Leaving Certificate Examination, 1921
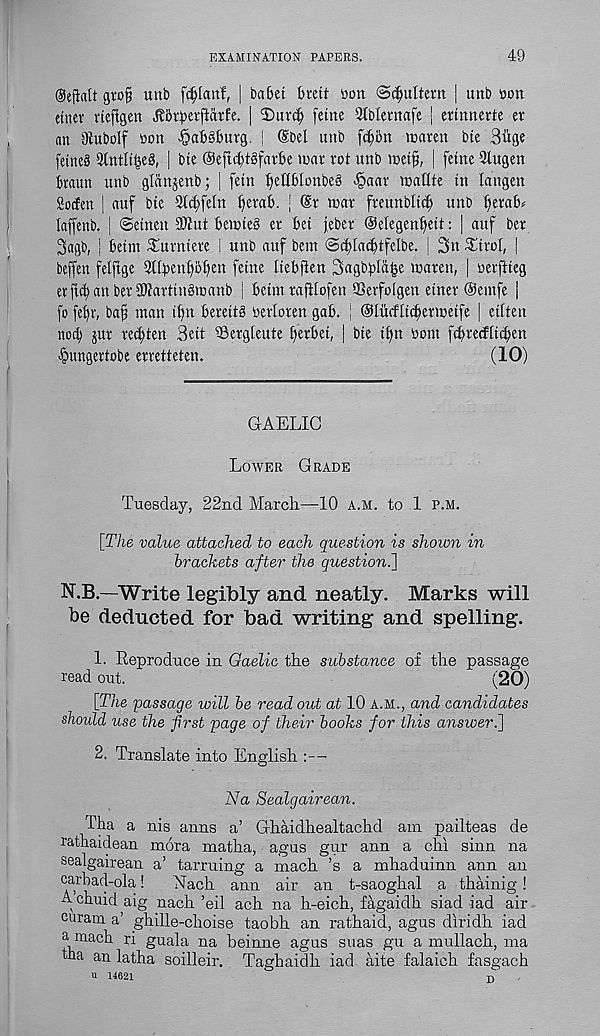
EXAMINATION PAPERS.
49
gtofj unb
| babet brett »on @i|ulterit | unb »on
enter rteftgen Jborperftarfe. | 2)urc^ feine 2tblernafe j erttmerte er
an SRubolf son -§ab§burg. | @bel unb ft^bn rcamt bte 3iige
fetneS 5tntli^eg, | bte @efni)t§farbe tnar rot unb it>et§, | fetne 3lugen
brawn unb glcinjenb; | fetn ^eHbtonbeb Jpaar waUte tn langen
Socfen S auf bte Qbt^feln f)erab. |
mar freunbltt^ unb ^erab^
laffenb. | ©etnetf SlJtut bemteS er bet jeber Oelegen^iett: | auf ber
3agb, | betm ^Eurntere ! unb auf bent <Sdf[acbtfeIbe. [ 3n ^trcl, |
beffen felftge 3ttbenf)ot)en fetne Iteb(ten 3agbbl(ibe maren, | oerftteg
er ftd) an ber SSJtarttnbmanb | betm rafHofen QSerfolgen etner ©entfe |
fo febr, baft man tbn berettb oertoren gab. | ©litcfltcbermetfe | etlten
nocb jur re^ten 3ett ©ergteute fyerbet, | bte t^n bom f<bre<flt$en
Jpungertobe erretteten.
(10)
GAELIC
Lower Grade
Tuesday, 22nd March—10 a.m. to 1 p.m.
[The value attached to each question is shown in
brackets after the question.]
N.B—Write legibly and neatly. Marks will
be deducted for bad writing and spelling.
1. Reproduce in Gaelic the substance of the passage
read out.
(20)
[The passage will be read out at 10 A.M., and candidates
shoidd use the first page of their books for this answer.]
2. Translate into English :—
Na Sealgairean.
Thai a nis anns a’ Ghaidhealtachd am pailteas de
rathaidean mora matha, agus gur ann a chi sinn na
sealgairean a ! tarruing a mach ’s a mhaduinn ann an
carbad-pla,!
Each ann air an t-saoghal a thainig!
A chuid aig nach ’eil ach na h-eich, fagaidh siad iad air
curam a’ ghille-choise taobh an rathaid, agus diridh iad
a mach ri guala na beinne agus suas gu a mullach, ma
taa an latha soilleir. Taghaidh iad aite falaich fasgach
u 14621
D